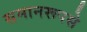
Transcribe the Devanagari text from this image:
समानरूपसे